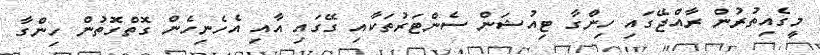
މީގެއިތުރުން ރާއްޖޭގައި ހިންގާ ޓިއުޝަން ސެންޓަރުތަކާއި ގޭގައި އާއި އެހެނިހެން ގޮތްގޮތުން ހިންގާ